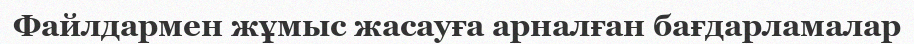
Файлдармен жұмыс жасауға арналған бағдарламалар